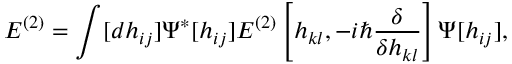
E ^ { ( 2 ) } = \int [ d h _ { i j } ] \Psi ^ { * } [ h _ { i j } ] E ^ { ( 2 ) } \left[ h _ { k l } , - i \hbar { \frac { \delta } { \delta h _ { k l } } } \right] \Psi [ h _ { i j } ] ,